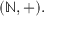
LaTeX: ( \mathbb { N } , + ) .